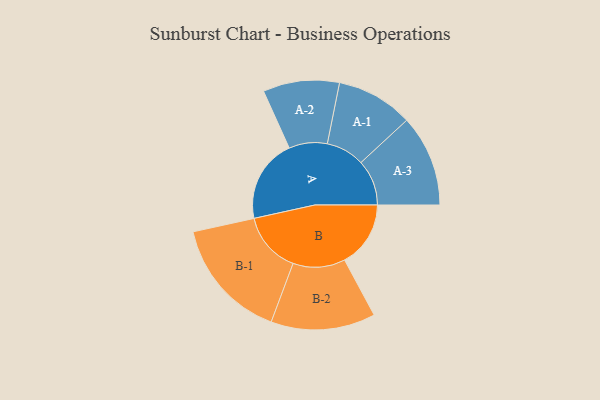
{"axis": {"x": "Segment", "y": "Value"}, "legend": ["", "A", "B"], "data": [{"x": "A", "y": 387, "type": ""}, {"x": "B", "y": 306, "type": ""}, {"x": "A-1", "y": 178, "type": "A"}, {"x": "A-2", "y": 177, "type": "A"}, {"x": "A-3", "y": 212, "type": "A"}, {"x": "B-1", "y": 283, "type": "B"}, {"x": "B-2", "y": 242, "type": "B"}]}